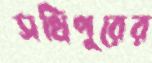
সখিপুরের